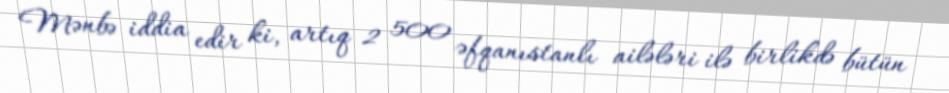
Mənbə iddia edir ki, artıq 2 500 əfqanıstanlı ailələri ilə birlikdə bütün